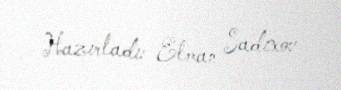
Hazırladı: Elman Sadıxov